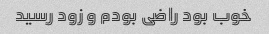
خوب بود راضی بودم و زود رسید